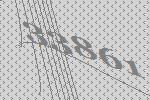
33861